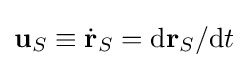
\mathbf {u} _{S}\equiv {\dot {\mathbf {r} }}_{S}=\mathrm {d} \mathbf {r} _{S}/\mathrm {d} t